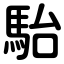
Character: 駘